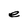
Character: e